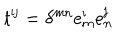
t ^ { \mathrm { i j } } = \delta ^ { \mathrm { m n } } e _ { \mathrm { m } } ^ { \mathrm { i } } e _ { \mathrm { n } } ^ { \mathrm { j } }